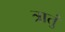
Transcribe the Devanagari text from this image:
त्रातुं